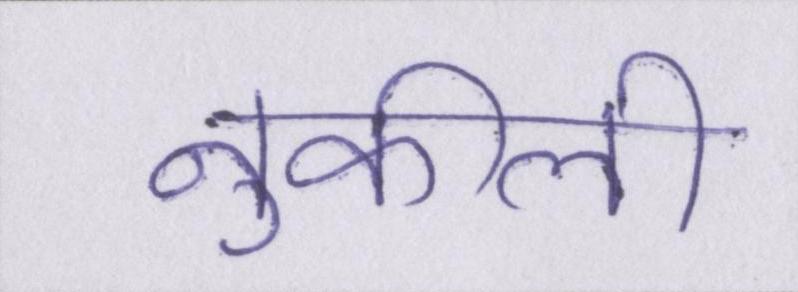
नुकीली